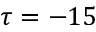
\tau = - 1 5